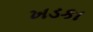
ખડકા